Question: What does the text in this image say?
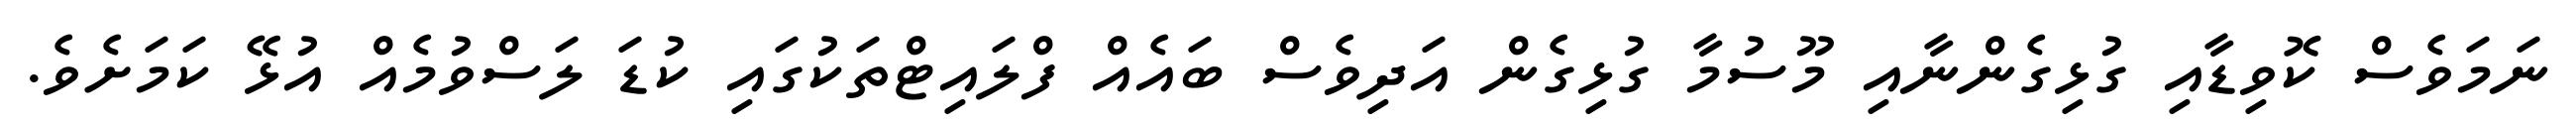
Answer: ނަމަވެސް ކޮވިޑާއި ގުޅިގެންނާއި މޫސުމާ ގުޅިގެން އަދިވެސް ބައެއް ފްލައިޓްތަކުގައި ކުޑަ ލަސްވުމެއް އުޅޭ ކަމަށެވެ.